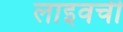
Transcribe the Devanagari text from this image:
लाइवची